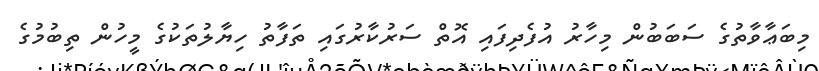
މިބަޢާވާތުގެ ސަބަބުން މިހާރު އުފެދިފައި އޮތް ސަރުކާރުގައި ތަފާތު ހިޔާލުތަކުގެ މީހުން ތިބުމުގެ